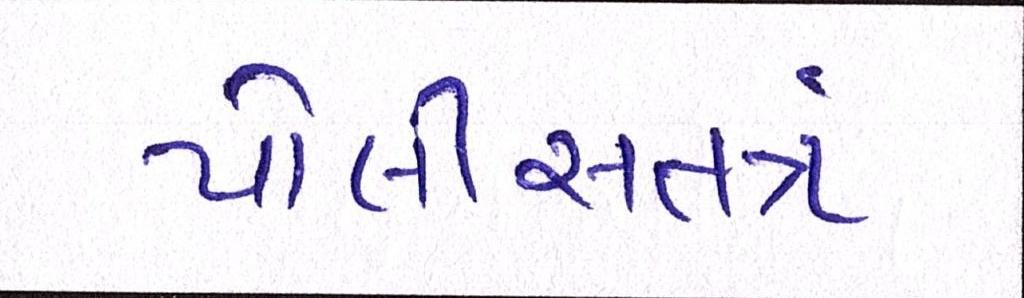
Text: પોલીસતત્રં